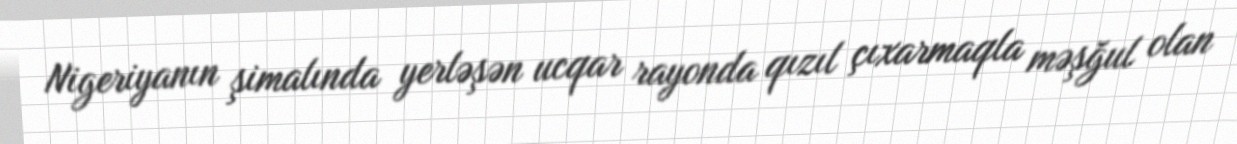
Nigeriyanın şimalında yerləşən ucqar rayonda qızıl çıxarmaqla məşğul olan